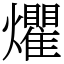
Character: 爠